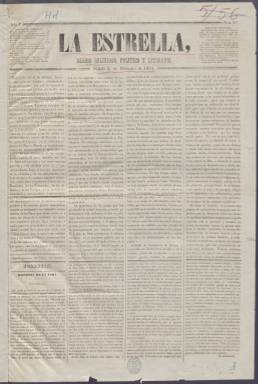
Título: La Estrella (Madrid. 1854)
Colección: Periódicos
Ámbito geográfico: Madrid
Lugar de publicación: Madrid
Fechas: 02/12/1854-09/09/1855

Este periódico católico nació meses después de la llamada revolución de julio de 1854, la llamada Vicalvarada protagonizada por el general O’Donnell, que llevó al poder al Partido Progresista tras diez años de Gobierno del Partido moderado conservador. El carácter anticlerical del nuevo Gobierno provocó el nacimiento de lo que se conoce como neocatolicismo, un movimiento de reacción religiosa del que este periódico y otro titulado La Regeneración fueron portavoces.

  Desde su comienzo La Estrella llevó el subtítulo de Diario, religioso, político y literario, aunque más tarde lo cambió por el de Ley, Patria, Rey. Fue fundado por el sacerdote Francisco Rodríguez Troncoso con la colaboración del ex ministro Alejandro Mon y también al parecer de Antonio Aparisi y Guijarro, figura sobresaliente del Tradicionalismo, según se lee en la Historia del Periodismo Español de Pedro Gómez Aparicio.

  Se trata de un periódico doctrinario en el que predomina un contenido marcado por su ideario católico y monárquico, aunque desde el punto de vista informativo se mostró innovador contando con abundantes corresponsales en las capitales europeas para informar de los importantes acontecimientos que estaban teniendo lugar en el continente a raíz de las revoluciones de 1848. También hizo un gran despliegue noticioso de la guerra de Crimea, posicionándose a favor de Rusia por ser un país cristiano contra la islámica Turquía.

  La Estrella solía abrir sus cuatro páginas con una sección Política para continuar con Noticias de provincias y del Extranjero, una sección oficial con información gubernamental, otra de Cortes Constituyentes y una Revista de Periódicos en la que se sintetizaba lo publicado por el resto de la prensa. No podía faltar una sección religiosa y otra de Gacetillas con noticias variadas.

  En febrero de 1855 apareció un diario titulado La Fe con el mismo ideario que la Estrella, por lo que terminaron fusionándose en junio adoptando este último el subtítulo antes citado de Ley, Patria, Rey, que era el lema de La Fe.

  Debido a su antiliberalismo La Estrella fue perseguida por el Gobierno progresista, que procedió a su suspensión desde el 20 de agosto al 3 de septiembre de 1855. Tras su reaparición, su fusión con La Fe quedó rota dado que los carlistas no eran partidarios de esta unión al no considerar a La Estrella un periódico de los suyos.

  El periódico cambió de nuevo su subtítulo, que pasó a ser Diario monárquico-religioso de la tarde, y cambió también de director. No obstante, no volvió a tener el protagonismo de antes y cesó de publicarse en febrero de 1857. La colección de la BNE está incompleta. Carece del primer número, del 1 de diciembre de 1854, y llega solo hasta el 9 de septiembre de 1855.

[Descripción publicada el 20/09/2024]